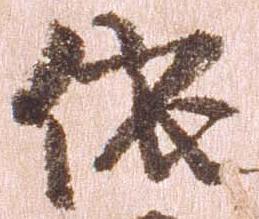
依